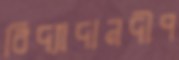
বিদ্যাদানদীপ